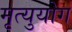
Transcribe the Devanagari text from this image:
मृत्युयोग